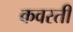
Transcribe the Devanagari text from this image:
कवरती